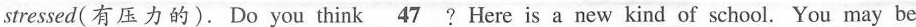
stressed(有压力的). Do you think \underline{47} ?Here is a new kind of school. You may be